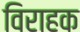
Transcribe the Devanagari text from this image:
विराहक